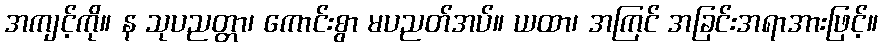
အကျင့်ကို။ န သုပညတ္တာ၊ ကောင်းစွာ မပညတ်အပ်။ ယထာ၊ အကြင် အခြင်းအရာအားဖြင့်။